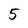
Character: 5